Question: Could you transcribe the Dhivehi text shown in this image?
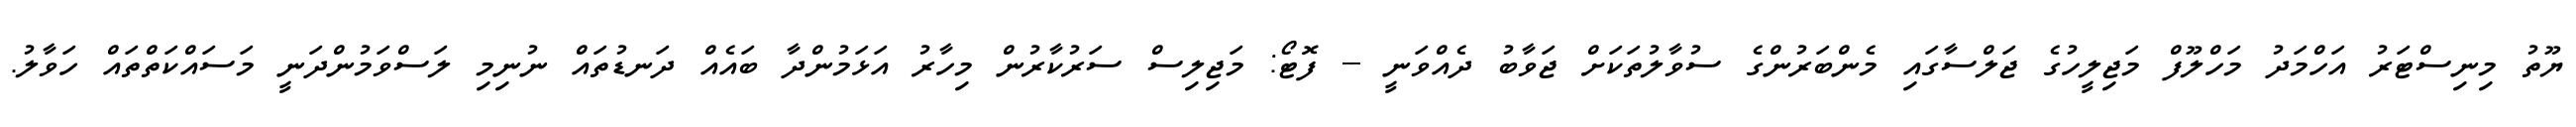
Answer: ޔޫތު މިނިސްޓަރު އަހްމަދު މަހްލޫފް މަޖިލީހުގެ ޖަލްސާގައި މެންބަރުންގެ ސުވާލުތަކަށް ޖަވާބު ދެއްވަނީ -- ފޮޓޯ: މަޖިލިސް ސަރުކާރުން މިހާރު އަޅަމުންދާ ބައެއް ދަނޑުތައް ނުނިމި ލަސްވަމުންދަނީ މަސައްކަތްތައް ހަވާލު.